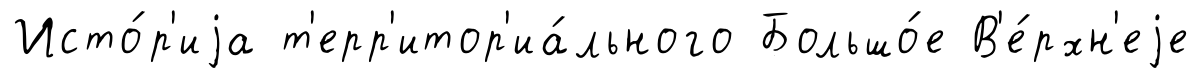
Исто́р'иjа т'ерр'итор'иа́льного Большо́е В'е́рхн'еjе